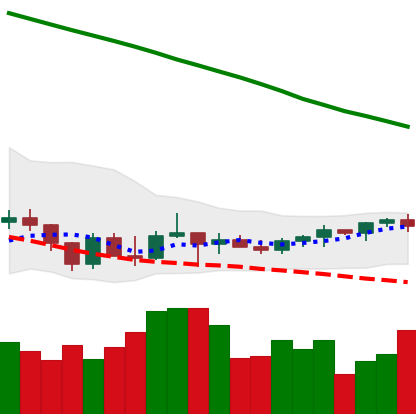
Ticker: TRX-USD
Chart end date: 2022-03-20
Forward return: 4.929%
Label: up_3_5